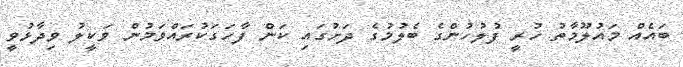
ބައެއް މައުލޫމާތު ހުރީ ފުލުހުންގެ ބެލުމުގެ ދަށުގައި ކަން ފާހަގަކުރައްވަމުން ވަކީލު ވިދާޅުވީ